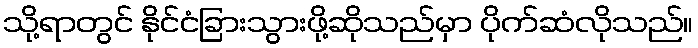
သို့ရာတွင် နိုင်ငံခြားသွားဖို့ဆိုသည်မှာ ပိုက်ဆံလိုသည်။